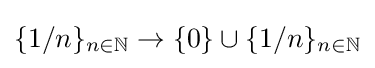
\{1/n\}_{n\in \mathbb {N} }\to \{0\}\cup \{1/n\}_{n\in \mathbb {N} }